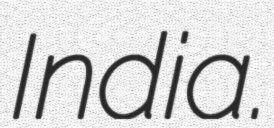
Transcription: India.